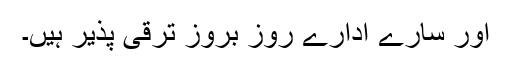
اور سارے ادارے روز بروز ترقی پذیر ہیں۔